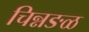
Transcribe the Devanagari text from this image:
चिन्नङळ